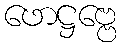
ဖောဋ္ဌဗ္ဗေ